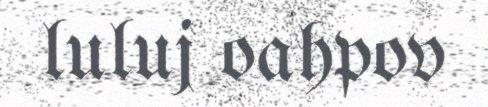
luluj oahpov